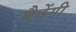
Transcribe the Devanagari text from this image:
बैठेंगी